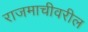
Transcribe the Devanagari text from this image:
राजमाचीवरील